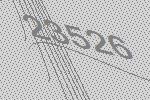
23526